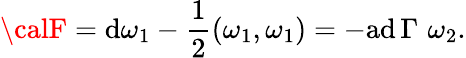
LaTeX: {\calF}=\mathrm{d}\omega_{1}-{\frac{{1}}{{2}}}(\omega_{1},\omega_{1})=-\mathrm{{a\mathrm{d}}}\, \Gamma\, \, \omega_{2}.